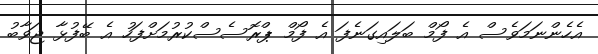
އެހެންނަމަވެސް އެ ފޯމް ބަލައިގަނެފަ އެ ފޯމް ޕްރޮސެސްކުރުމަށްފަހު އެ ބޭފުޅާ ޖަވާބު